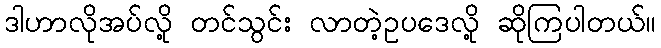
ဒါဟာလိုအပ်လို့ တင်သွင်း လာတဲ့ဥပဒေလို့ ဆိုကြပါတယ်။